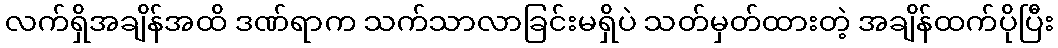
လက်ရှိအချိန်အထိ ဒဏ်ရာက သက်သာလာခြင်းမရှိပဲ သတ်မှတ်ထားတဲ့ အချိန်ထက်ပိုပြီး